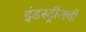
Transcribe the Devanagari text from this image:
इंडस्ट्रीजची